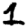
Digit: 1